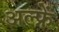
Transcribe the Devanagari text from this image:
अल्फ्रें